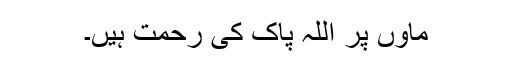
ماؤں پر اللّہ پاک کی رحمت ہیں۔